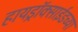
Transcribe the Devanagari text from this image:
हायड्राॅक्साईडच्या